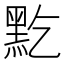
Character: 𪐜